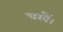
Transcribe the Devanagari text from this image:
चखैं।